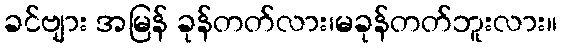
ခင်ဗျား အမြန် ခုန်တတ်လား၊မခုန်တတ်ဘူးလား။